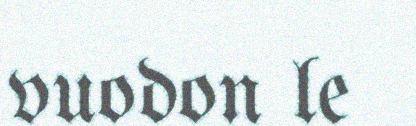
vuodon le